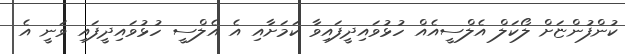
ކުންފުންޏަށް ލޯކަލް އެލްސީއެއް ހުޅުވައިދީފައިވާ ކަމަށާއި އެ އެލްސީ ހުޅުވައިދީފައި ވަނީ އެ